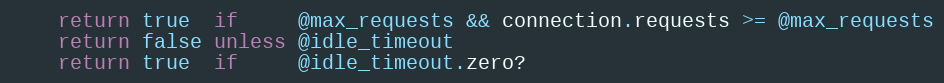
Language: Ruby
    return true  if     @max_requests && connection.requests >= @max_requests
    return false unless @idle_timeout
    return true  if     @idle_timeout.zero?